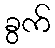
ခွက်